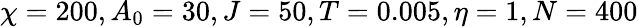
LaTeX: \chi=200,A_{0}=30,J=50,T=0.005,\eta=1,N=400